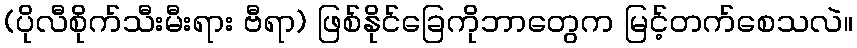
(ပိုလီစိုက်သီးမီးရား ဗီရာ) ဖြစ်နိုင်ခြေကိုဘာတွေက မြင့်တက်စေသလဲ။